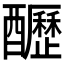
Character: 𨣷